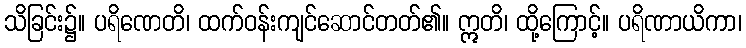
သိခြင်း၌။ ပရိဏေတိ၊ ထက်ဝန်းကျင်ဆောင်တတ်၏။ ဣတိ၊ ထို့ကြောင့်။ ပရိဏာယိကာ၊